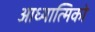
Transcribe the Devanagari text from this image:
आध्यात्मिको